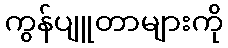
ကွန်ပျူတာများကို